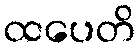
ထပေတိ